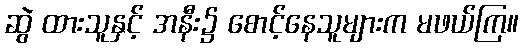
ဆွဲ ထားသူနှင့် အနီး၌ စောင့်နေသူများက မဖယ်ကြ။